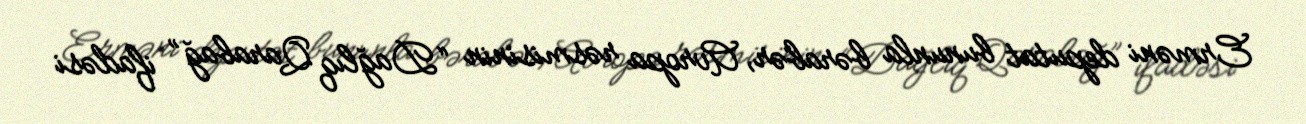
Erməni deputat bununla bərabər, Avropa rəsmisinin “Dağlıq Qarabağ” ifadəsi